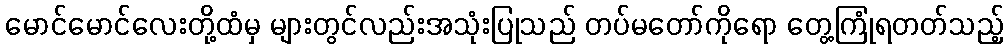
မောင်မောင်လေးတို့ထံမှ များတွင်လည်းအသုံးပြုသည် တပ်မတော်ကိုရော တွေ့ကြုံရတတ်သည့်